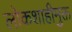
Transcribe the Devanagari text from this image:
लोकशाहीमुक्त